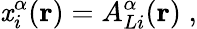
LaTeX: \mathit{x}_{i}^{\alpha}({\mathbf{{r}}})=A_{Li}^{\alpha}({\mathbf{{r}}})\; ,